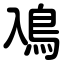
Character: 鳰